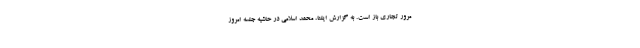
مرور تجاری باز است. به گزارش ایلنا،‌ محمد اسلامی در حاشیه جلسه امروز